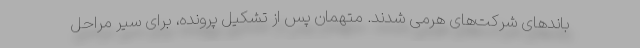
باندهای شرکت‌های هرمی شدند. متهمان پس از تشکیل پرونده، برای سیر مراحل